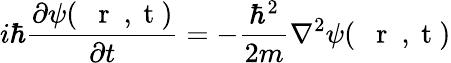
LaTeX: i\hbar\frac{\partial\psi(\mathrm{~{~\mathbf~r~}~,~t~})}{\partial t}=-\frac{\hbar^{2}}{2m}\nabla^{2}\psi(\mathrm{~{~\mathbf~r~}~,~t~})